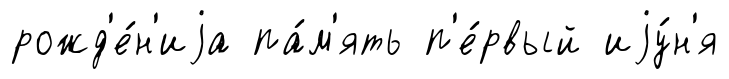
рожд'е́н'иjа па́м'ять п'е́рвый иjу́н'я